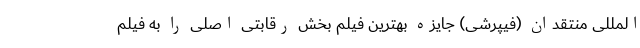
المللی منتقدان (فیپرشی) جایزه بهترین فیلم بخش رقابتی اصلی را به فیلم